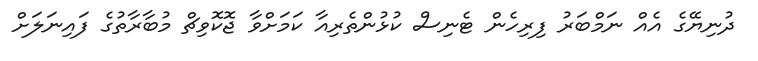
ދުނިޔޭގެ އެއް ނަމްބަރު ފިރިހެން ޓެނިސް ކުޅުންތެރިއާ ކަމަށްވާ ޖޮކޮވިޗް މުބާރާތުގެ ފައިނަލަށް